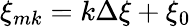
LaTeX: \xi_{mk}=k\Delta\xi+\xi_{0}